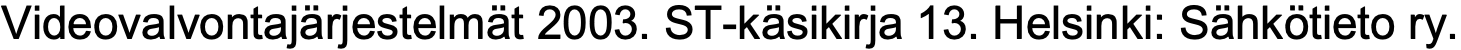
Videovalvontajärjestelmät 2003. ST-käsikirja 13. Helsinki: Sähkötieto ry.